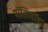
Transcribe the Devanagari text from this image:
पॉलिपॉड